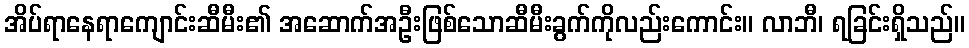
အိပ်ရာနေရာကျောင်းဆီမီး၏ အဆောက်အဦးဖြစ်သောဆီမီးခွက်ကိုလည်းကောင်း။ လာဘီ၊ ရခြင်းရှိသည်။